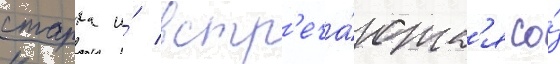
старка и́ встр'еча́ютс'я со́